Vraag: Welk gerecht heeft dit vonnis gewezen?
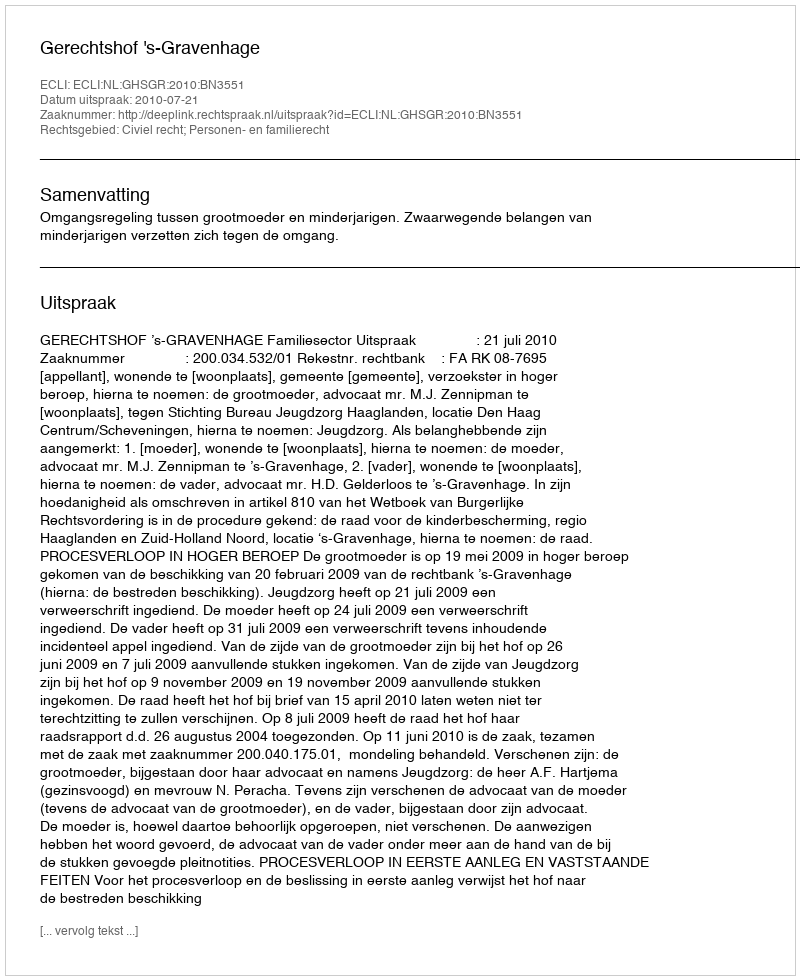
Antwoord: Gerechtshof 's-Gravenhage